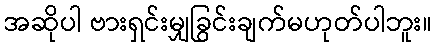
အဆိုပါ ဗားရှင်းမျှခြွင်းချက်မဟုတ်ပါဘူး။